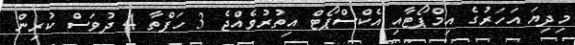
މިދިޔަ އަހަރުގެ އިމްޕޯޓާއި އެކްސްޕޯޓް އިތުރުވެއްޖެ 3 ހަފްތާ 4 ދުވަސް ކުރިން